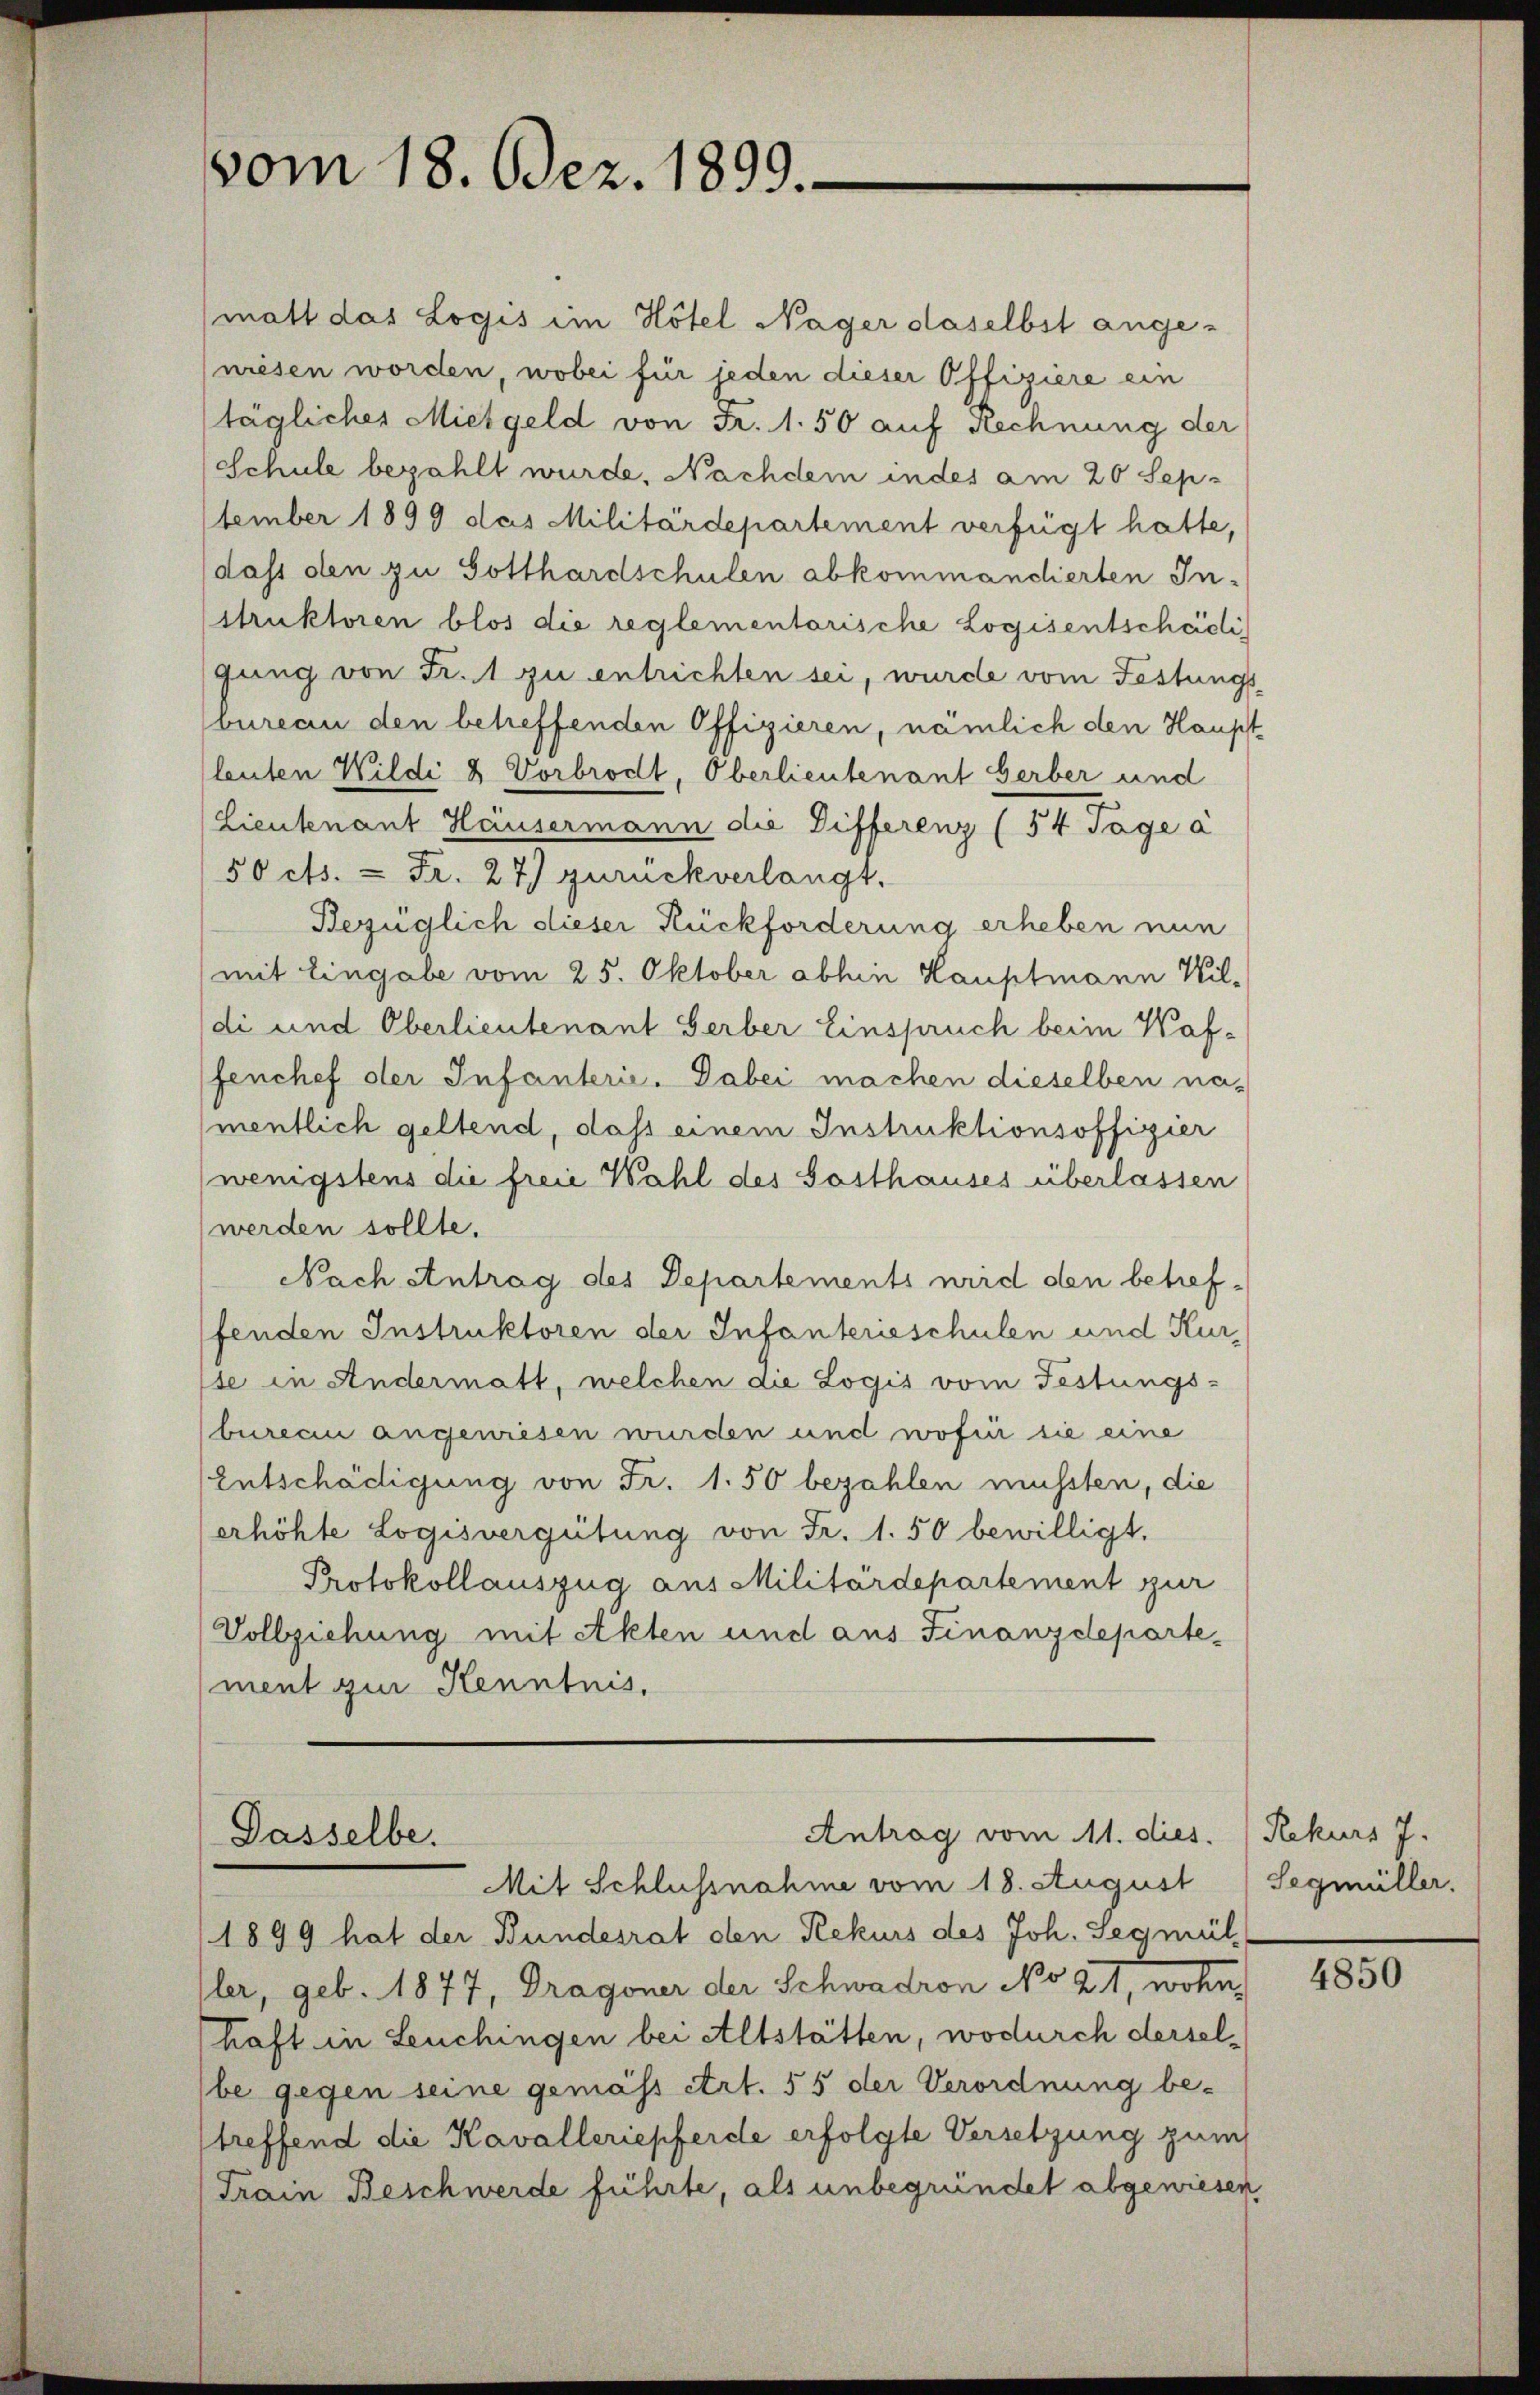
vom 18. Dez. 1899.

Dasselbe.

(matt das Logis im Hotel Nager daselbst angeniesen worden, wobei für jeden dieser Offiziere ein
täglicher Mietgeld von Fr. 1.50 auf Rechnung der
Schule bezahlt wurde. Nachdem indes am 20 September 1899 das Militärdepartement verfügt hatte,
dass den zu Gotthardschulen abkommandierten Instruktoren blos die reglementarische Logisentschädi
gung von Fr. 1 zu entrichten sei, wurde vom Festungs
vureau den betreffenden Offizieren, nämlich den Haupt
leuten Wildi & Vorbrodt, Oberlieutenant Herber und
Lieutenant Hausermann die Differenz (54 Tage a
50 cts. & Fr. 27) zurückverlangt.
Bezüglich dieser Rückforderung erheben nun
mit Eingabe vom 25. Oktober abhin Hauptmann Wil-
di und Oberlieutenant Gerber Einspruch beim Kaf-
fenchef der Infanterie. Dabei machen dieselben na-
mentlich geltend, dass einem Instruktionsoffizier
wenigstens die freie Wahl des Gasthauses überlassen
werden sollte.
Nach Antrag des Departements wird den betreffenden Instruktoren der Infanterieschulen und Kurte in Andermatt, welchen die Logis vom Festungs-
bureau angewiesen wurden und wofür sie eine
Entschädigung von Fr. 1.50 bezahlen müssten, die
erhöhte Logisvergütung von Fr. 1.50 bewilligt.
Protokollauszug aus Militärdepartement zur
Vollziehung mit Akten und aus Finanzdeparte-
ment zur Kenntnis.

Antrag vom 11. dies

Mit Schlussnahme vom 18. August Segmüller.
1899 hat der Bundesrat den Rekurs des Joh. Segmül
Iler, geb. 1877, Dragoner der Schwadron No 21, wohnhaft in Leuchingen bei Altstätten, wodurch derselbe gegen seine gemäss Art. 55 der Verordnung be-
treffend die Kavalleriepferde erfolgte Versetzung zum
Train Beschwerde führte, als unbegründet abgewiesen,

Rekurs 7.

4850